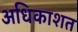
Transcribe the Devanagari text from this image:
अधिकाशत